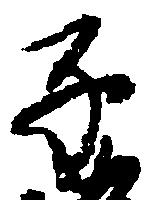
子